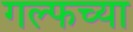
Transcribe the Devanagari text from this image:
गल्फच्या